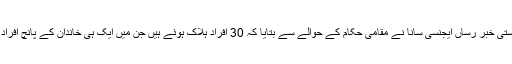
ادھر شامی ریاستی خبر رساں ایجنسی سانا نے مقامی حکام کے حوالے سے بتایا کہ 30 افراد ہلاک ہوئے ہیں جن میں ایک ہی خاندان کے پانچ افراد بھی شامل ہیں۔